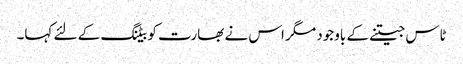
ٹاس جیتنے کے باوجود مگر اس نے بھارت کو بیٹنگ کے لئے کہا۔